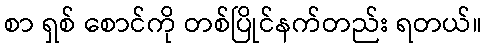
စာ ရှစ် စောင်ကို တစ်ပြိုင်နက်တည်း ရတယ်။